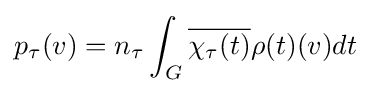
p_{\tau }(v)=n_{\tau }\int _{G}{\overline {\chi _{\tau }(t)}}\rho (t)(v)dt